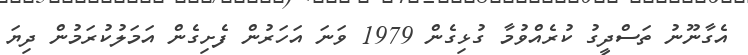
އެގާނޫނު ތަސްދީގު ކުރެއްވުމާ ގުޅިގެން 1979 ވަނަ އަހަރުން ފެށިގެން އަމަލުކުރަމުން ދިޔަ